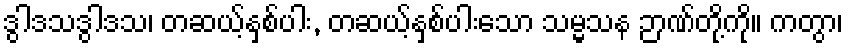
ဒွါဒသဒွါဒသ၊ တဆယ့်နှစ်ပါး, တဆယ့်နှစ်ပါးသော သမ္မသန ဉာဏ်တို့ကို။ ကတွာ၊